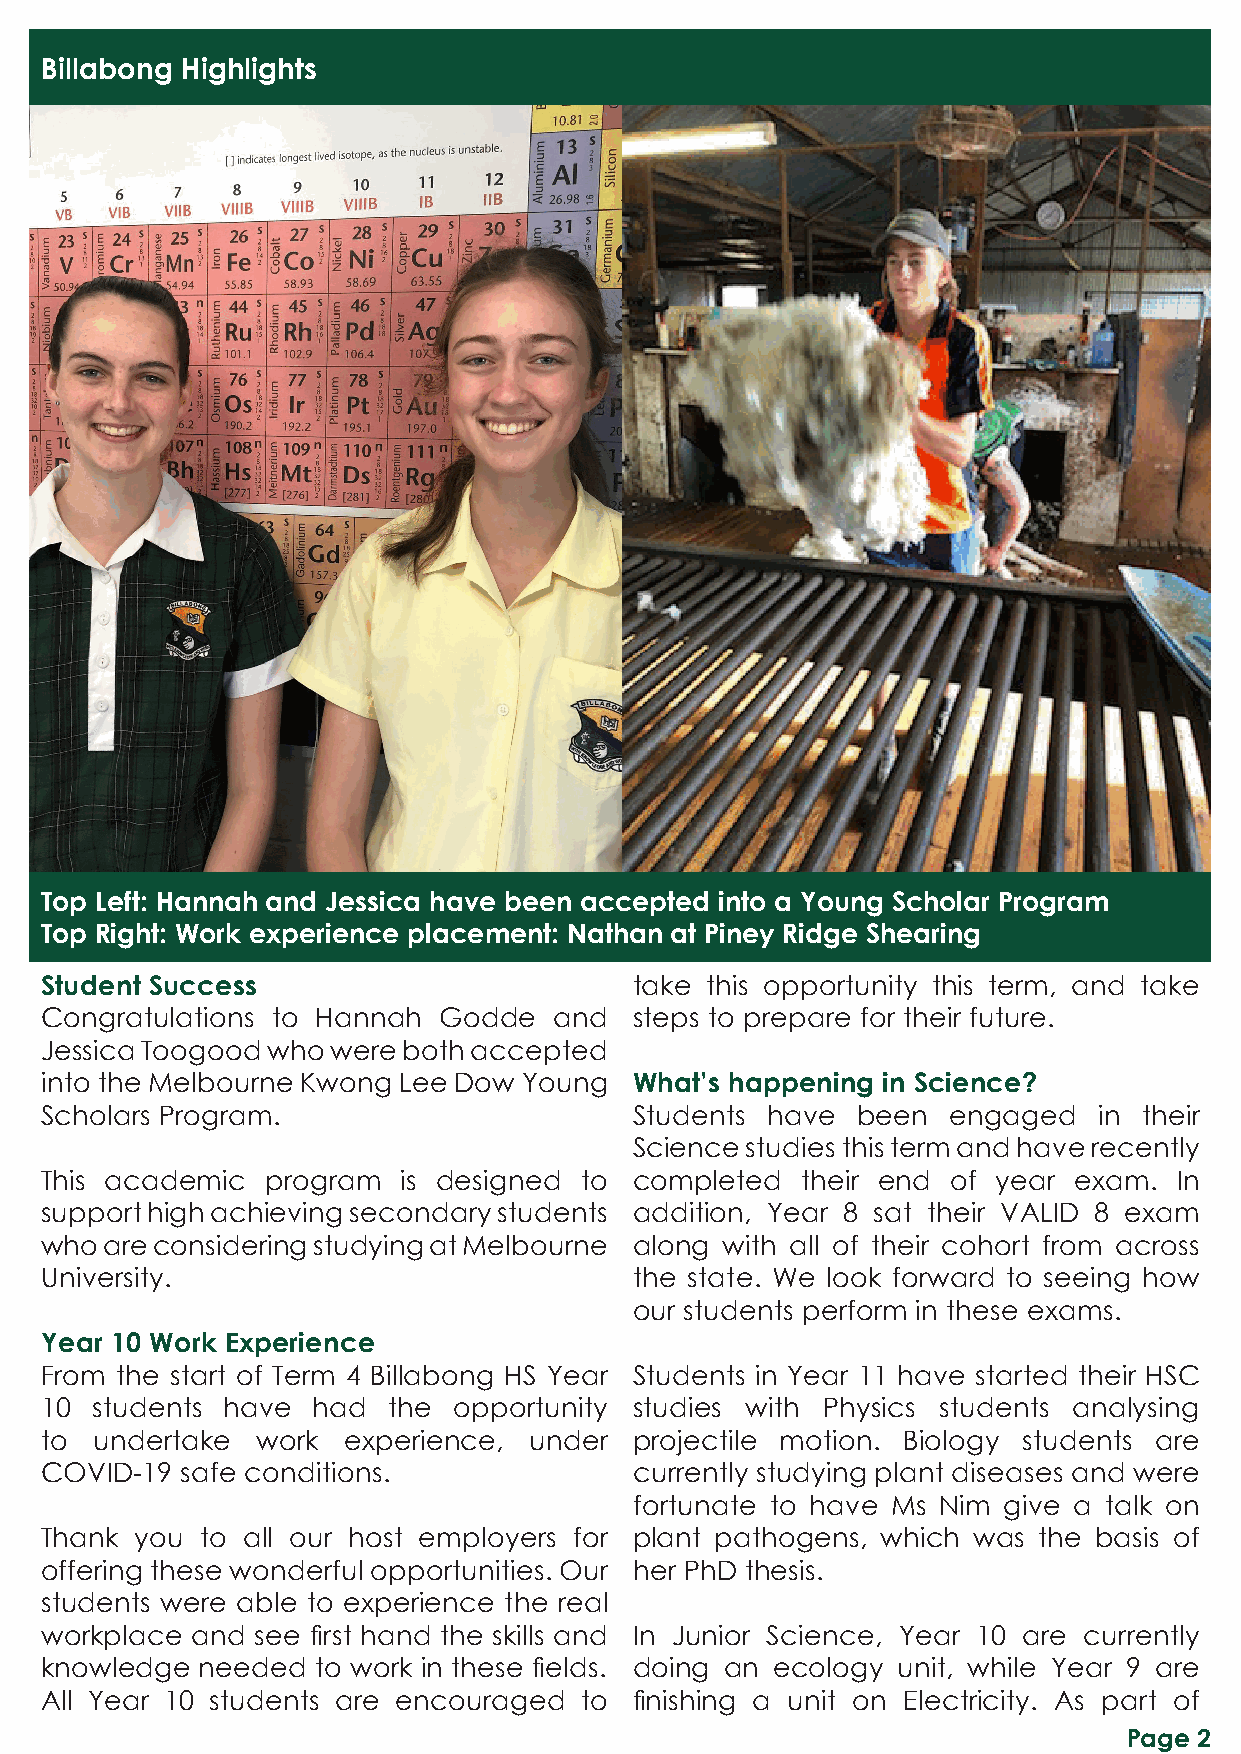
Billabong Highlights
 Top Left: Hannah and Jessica have been accepted into a Young Scholar Program
 Top Right: Work experience placement: Nathan at Piney Ridge Shearing
 Student Success                        take this opportunity this term, and take
 Congratulations to Hannah Godde   and  steps to prepare for their future.
 Jessica Toogood who were both accepted
 into the Melbourne Kwong Lee Dow Young What’s happening in Science?
 Scholars Program.                      Students have  been  engaged   in their
 Science studies this term and have recently
 This academic  program  is designed to completed  their end of year exam.  In
 support high achieving secondary students addition, Year 8 sat their VALID 8 exam
 who are considering studying at Melbourne along with all of their cohort from across
 University.                            the state. We look forward to seeing how
 our students perform in these exams.
 Year 10 Work Experience
 From the start of Term 4 Billabong HS Year Students in Year 11 have started their HSC
 10 students have  had  the opportunity studies with Physics students analysing
 to undertake  work  experience, under  projectile motion. Biology students are
 COVID-19 safe conditions.              currently studying plant diseases and were
 fortunate to have Ms Nim give a talk on
 Thank you to all our host employers for plant pathogens, which was the basis of
 offering these wonderful opportunities. Our her PhD thesis.
 students were able to experience the real
 workplace and see first hand the skills and In Junior Science, Year 10 are currently
 knowledge needed  to work in these fields. doing an ecology unit, while Year 9 are
 All Year 10 students are encouraged to finishing a unit on Electricity. As part of
 Page 2